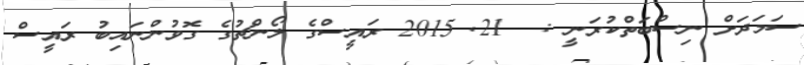
ސަމަދަށް ނިސްބަތްކުރަނީ :  21